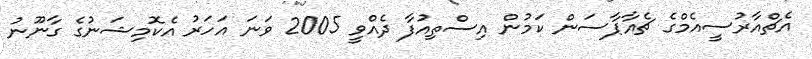
އެޗްއާރުސީއެމްގެ ޗެއާޕާސަން ކަމުން އިސްތިއުފާ ދެއްވީ 2005 ވަނަ އަހަރު އެކޮމިޝަނުގެ ގާނޫނު